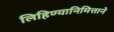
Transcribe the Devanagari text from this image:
लिहिण्यानिमित्ताने